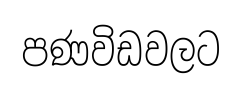
පණවිඩවලට